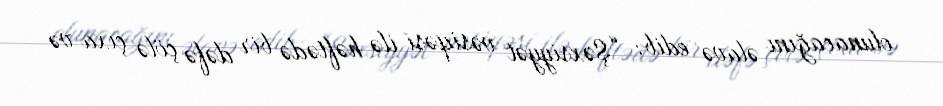
olunacağını əlavə edib: “Şəxsiyyət vəsiqəsi ilə həftədə bir dəfə çölə çıxa və